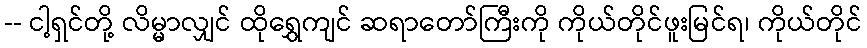
-- ငါ့ရှင်တို့ လိမ္မာလျှင် ထိုရွှေကျင် ဆရာတော်ကြီးကို ကိုယ်တိုင်ဖူးမြင်ရ၊ ကိုယ်တိုင်